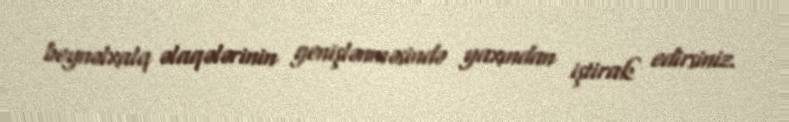
beynəlxalq əlaqələrinin genişlənməsində yaxından iştirak edirsiniz.